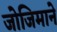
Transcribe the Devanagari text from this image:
जोजिमाने